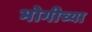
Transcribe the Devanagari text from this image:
भोगीच्या